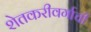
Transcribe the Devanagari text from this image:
शेतकरीवर्गाची